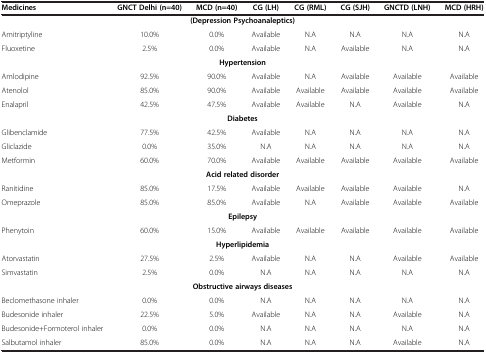
<table><thead><tr><td><b>Medicines</b></td><td><b>GNCT Delhi (n=40)</b></td><td><b>MCD (n=40)</b></td><td><b>CG (LH)</b></td><td><b>CG (RML)</b></td><td><b>CG (SJH)</b></td><td><b>GNCTD (LNH)</b></td><td><b>MCD (HRH)</b></td></tr></thead><tbody><tr><td> </td><td> </td><td colspan="2"><b>(Depression Psychoanaleptics)</b></td><td> </td><td> </td><td> </td><td> </td></tr><tr><td>Amitriptyline</td><td>10.0%</td><td>0.0%</td><td>Available</td><td>N.A</td><td>N.A</td><td>N.A</td><td>N.A</td></tr><tr><td>Fluoxetine</td><td>2.5%</td><td>0.0%</td><td>Available</td><td>N.A</td><td>Available</td><td>N.A</td><td>N.A</td></tr><tr><td> </td><td> </td><td colspan="2"><b>Hypertension</b></td><td> </td><td> </td><td> </td><td> </td></tr><tr><td>Amlodipine</td><td>92.5%</td><td>90.0%</td><td>Available</td><td>N.A</td><td>Available</td><td>Available</td><td>Available</td></tr><tr><td>Atenolol</td><td>85.0%</td><td>90.0%</td><td>Available</td><td>Available</td><td>Available</td><td>Available</td><td>Available</td></tr><tr><td>Enalapril</td><td>42.5%</td><td>47.5%</td><td>Available</td><td>Available</td><td>N.A</td><td>Available</td><td>N.A</td></tr><tr><td> </td><td> </td><td colspan="2"><b>Diabetes</b></td><td> </td><td> </td><td> </td><td> </td></tr><tr><td>Glibenclamide</td><td>77.5%</td><td>42.5%</td><td>Available</td><td>N.A</td><td>N.A</td><td>N.A</td><td>N.A</td></tr><tr><td>Gliclazide</td><td>0.0%</td><td>35.0%</td><td>N.A</td><td>N.A</td><td>N.A</td><td>N.A</td><td>N.A</td></tr><tr><td>Metformin</td><td>60.0%</td><td>70.0%</td><td>Available</td><td>Available</td><td>Available</td><td>Available</td><td>Available</td></tr><tr><td> </td><td> </td><td colspan="2"><b>Acid related disorder</b></td><td> </td><td> </td><td> </td><td> </td></tr><tr><td>Ranitidine</td><td>85.0%</td><td>17.5%</td><td>Available</td><td>Available</td><td>Available</td><td>Available</td><td>N.A</td></tr><tr><td>Omeprazole</td><td>85.0%</td><td>85.0%</td><td>Available</td><td>N.A</td><td>Available</td><td>Available</td><td>Available</td></tr><tr><td> </td><td> </td><td colspan="2"><b>Epilepsy</b></td><td> </td><td> </td><td> </td><td> </td></tr><tr><td>Phenytoin</td><td>60.0%</td><td>15.0%</td><td>Available</td><td>Available</td><td>Available</td><td>Available</td><td>Available</td></tr><tr><td> </td><td> </td><td colspan="2"><b>Hyperlipidemia</b></td><td> </td><td> </td><td> </td><td> </td></tr><tr><td>Atorvastatin</td><td>27.5%</td><td>2.5%</td><td>Available</td><td>N.A</td><td>N.A</td><td>Available</td><td>Available</td></tr><tr><td>Simvastatin</td><td>2.5%</td><td>0.0%</td><td>N.A</td><td>N.A</td><td>N.A</td><td>N.A</td><td>N.A</td></tr><tr><td> </td><td> </td><td colspan="2"><b>Obstructive airways diseases</b></td><td> </td><td> </td><td> </td><td> </td></tr><tr><td>Beclomethasone inhaler</td><td>0.0%</td><td>0.0%</td><td>N.A</td><td>N.A</td><td>N.A</td><td>N.A</td><td>N.A</td></tr><tr><td>Budesonide inhaler</td><td>22.5%</td><td>5.0%</td><td>Available</td><td>N.A</td><td>N.A</td><td>Available</td><td>N.A</td></tr><tr><td>Budesonide+Formoterol inhaler</td><td>0.0%</td><td>0.0%</td><td>N.A</td><td>N.A</td><td>N.A</td><td>N.A</td><td>N.A</td></tr><tr><td>Salbutamol inhaler</td><td>85.0%</td><td>0.0%</td><td>N.A</td><td>N.A</td><td>N.A</td><td>Available</td><td>N.A</td></tr></tbody></table>